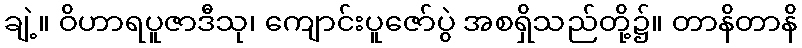
ချဲ့။ ဝိဟာရပူဇာဒီသု၊ ကျောင်းပူဇော်ပွဲ အစရှိသည်တို့၌။ တာနိတာနိ